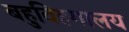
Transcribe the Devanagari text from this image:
बहुविहगालय